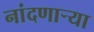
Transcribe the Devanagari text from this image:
नांदणाऱ्या